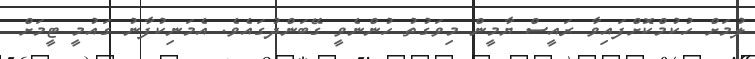
ލުމަށް ހުކުމްކޮށްފައިވާ ރައީސް ޔާމީން މިވަގުތު ހުންނެވީ ގޭބަންދުގައެވެ. އެމަނިކުފާނު ގައުމީ ޓީމަށް